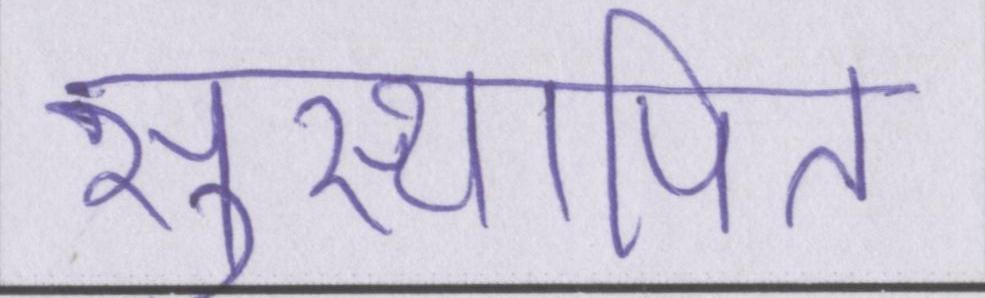
सुस्थापित